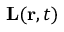
\mathbf { L } ( \mathbf { r } , t )